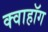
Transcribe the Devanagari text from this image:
क्वाहॉग